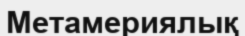
Метамериялық